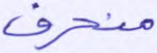
منحرف